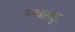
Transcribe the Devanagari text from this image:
जंगवाहादुर